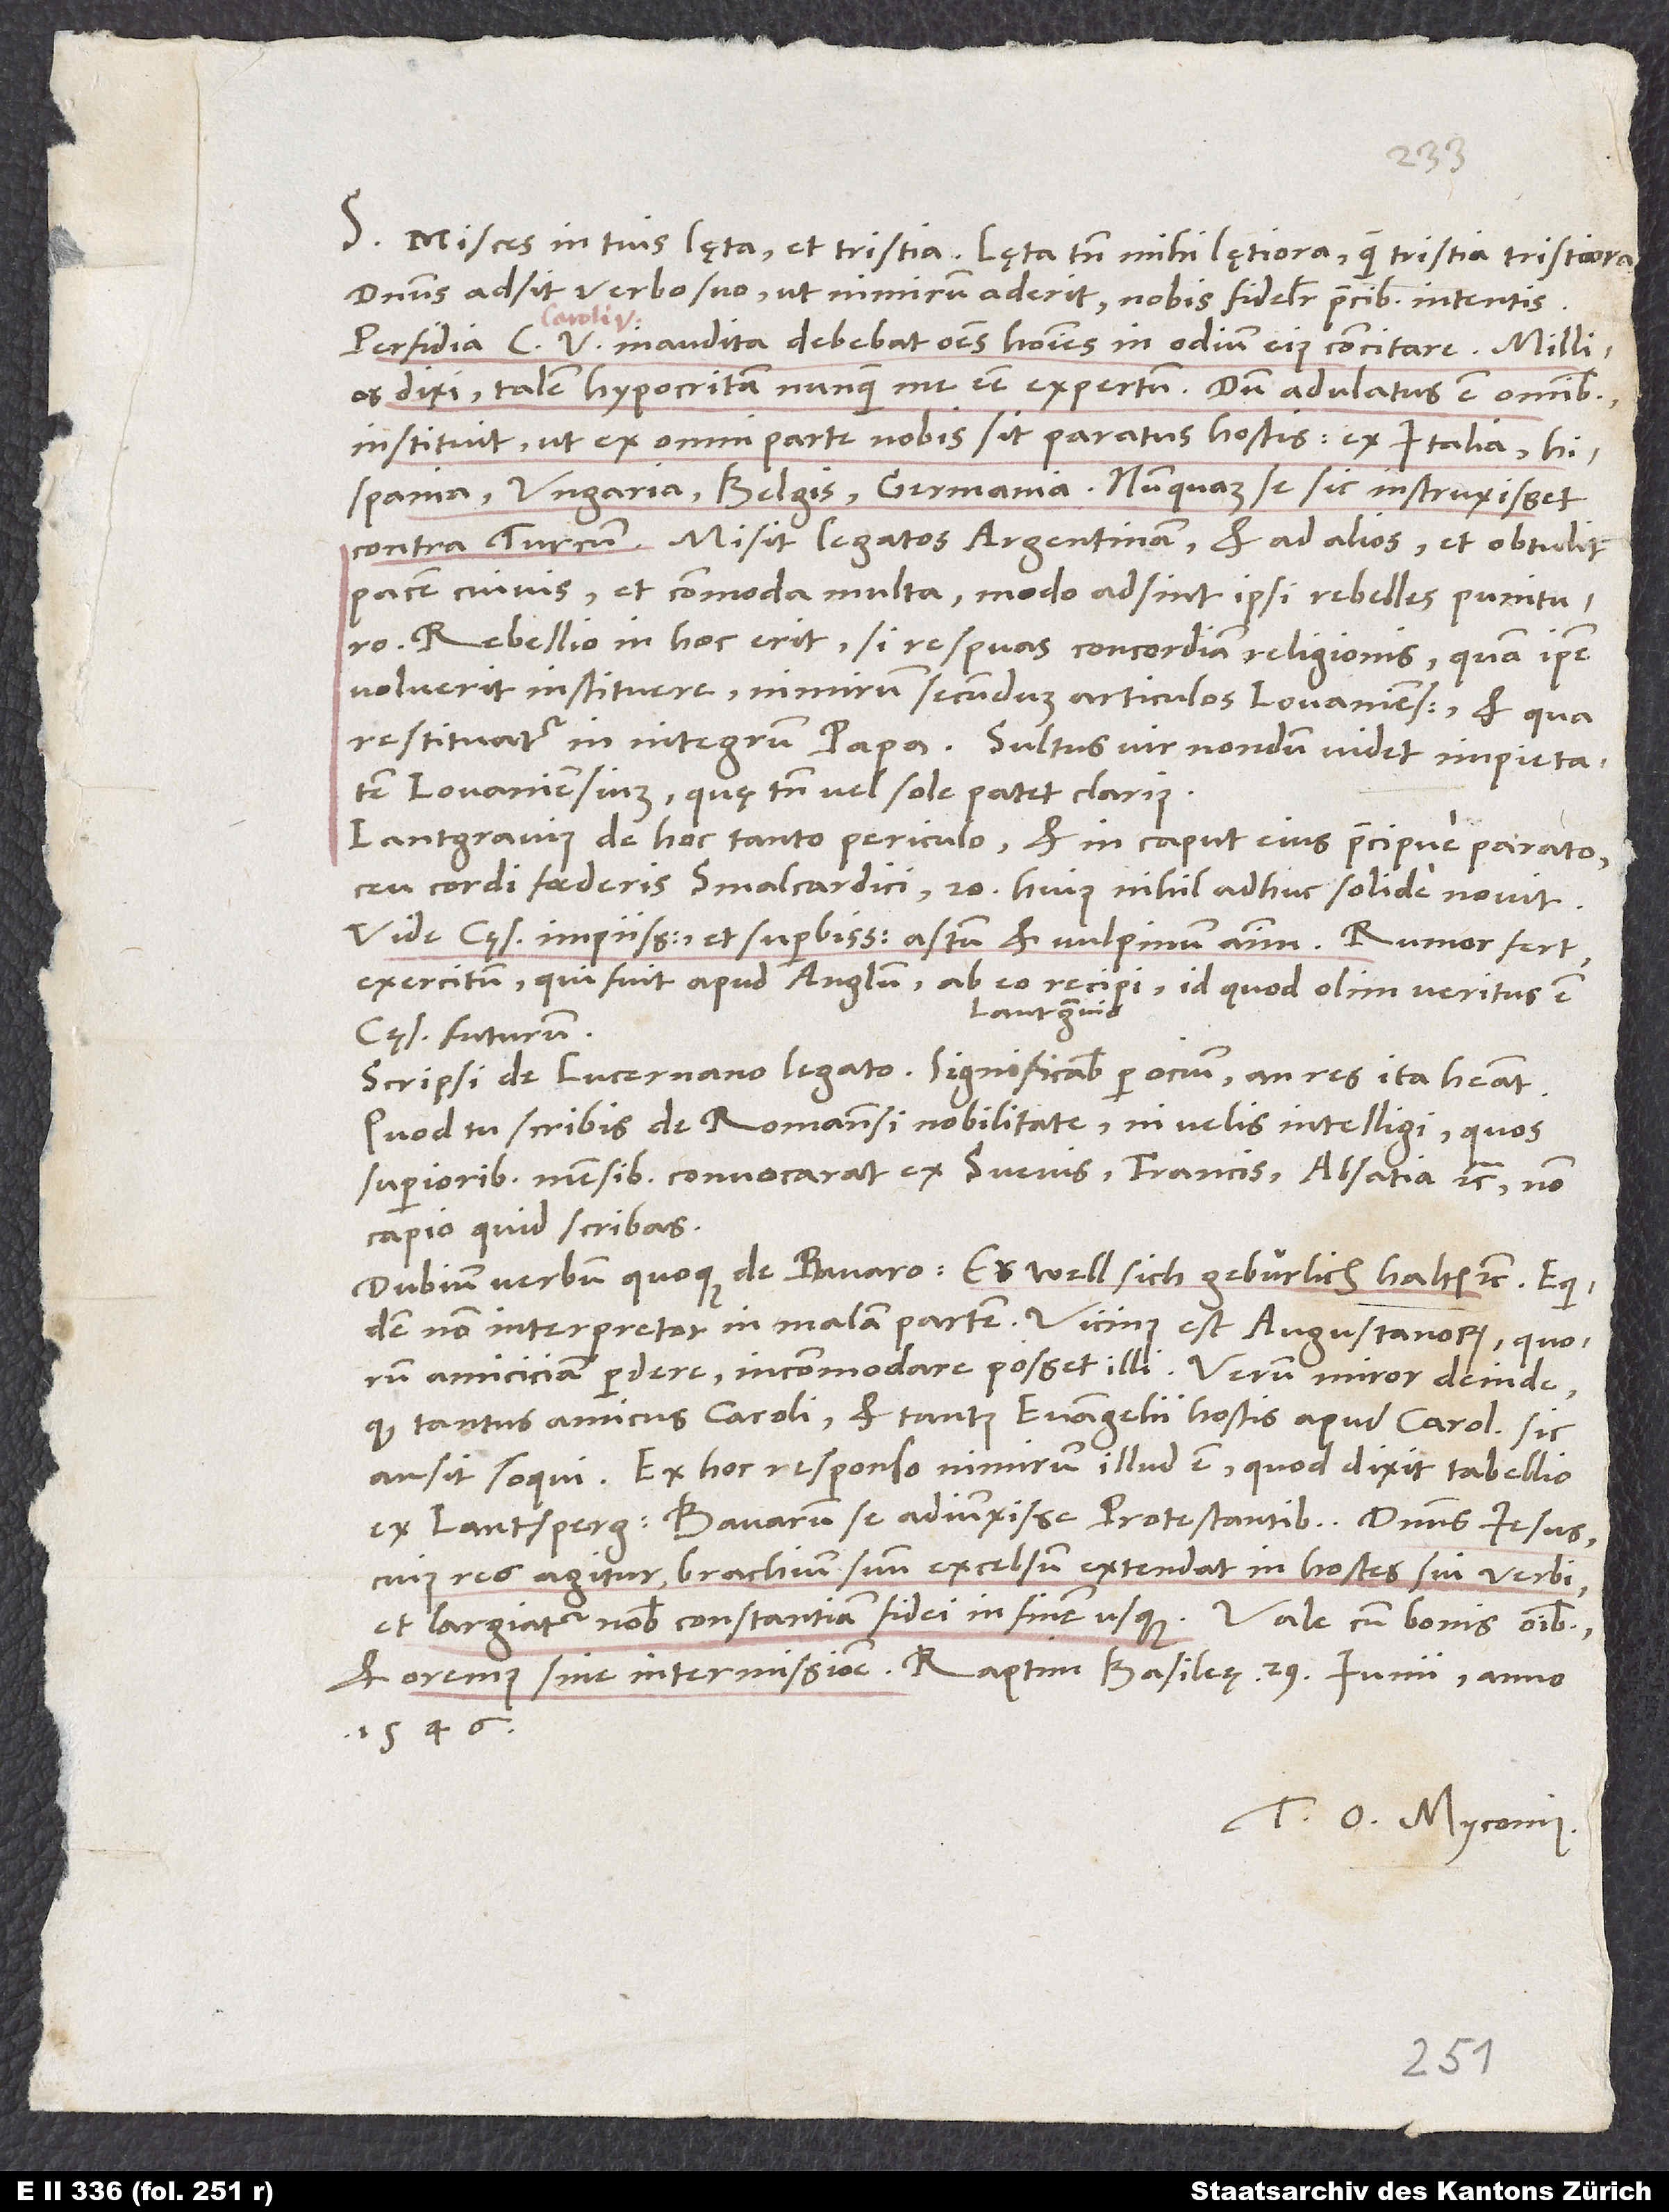
S. Misces in tuis lęta et tristia. Lęta tamen mihi lętiora quam tristia tristiora.
Dominus adsit verbo suo, ut nimirum aderit nobis fideliter precibus intentis.
Perfidia C V. inaudita debebat omnes homines in odium eius concitare. Millies
dixi talem hypocritam nunquam me esse expertum. Dum adulatus est omnibus,
instituit, ut ex omni parte nobis sit paratus hostis: Ex Italia,
Hispania, Ungaria, Belgis, Germania. Nunquam se sic instruxisset
contra Turcum. Misit legatos Argentinam et ad alios, et obtulit
pacem cuivis et commoda multa, modo adsint ipsi rebelles punituro.
Rebellio in hoc erit, si respuas concordiam religionis, quam ipse
voluerit instituere, nimirum secundum articulos Lovanienses, et qua
restituatur in integrum papa. Stultus vir nondum videt impietatem
Lovaniensium, quę tamen vel sole patet clarius.
Lantgravius de hoc tanto periculo (et in caput eius praecipue parato
ceu cordi foederis Smalcaldici) 20. huius nihil adhuc solide novit.
Vide cęsaris impiissimum et superbissimum astum et vulpinum animum! Rumor fert
cęsar futurum.
Scripsi de Lucernano legato. Significabis per ocium, an res ita habeat.
Quod tu scribis de 7 Romanensi nobilitate (ni velis intelligi, quos
superioribus mensibus convocarat et Suevis, Francis, Alsatia, etc.), non
capio, quid scribas.
Dubium verbum quoque de Bavaro: „Er well sich geburlich halten“, etc., equidem
non interpretor in malam partem: Vicinus est Augustanorum, quorum
amicitiam perdere incommodare posset illi. Verum miror deinde,
quod tantus amicus Caroli et tantus evangelii hostis apud Carolum sic
ausit loqui. Ex hoc responso nimirum illud est, quod dixit tabellio
ex Lantsperg Bavarum se adiunxisse protestantibus. Dominus Iesus,
cuius res agitur, brachium suum excelsum extendat in hostes sui verbi
et oremus sine intermissione. Raptim, Basileę, 29. iunii anno
1546.
Tuus O. Myconius.